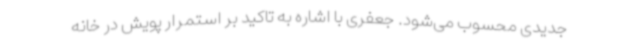
جدیدی محسوب می‌شود. جعفری با اشاره به تاکید بر استمرار پویش در خانه